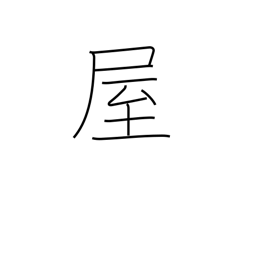
Meaning: seller